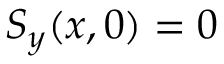
S _ { y } ( x , 0 ) = 0